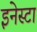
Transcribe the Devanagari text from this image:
इनेस्टा